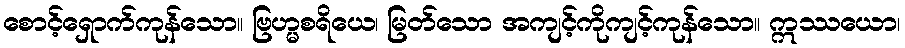
စောင့်ရှောက်ကုန်သော။ ဗြဟ္မစရိယေ၊ မြတ်သော အကျင့်ကိုကျင့်ကုန်သော။ ဣဿယော၊